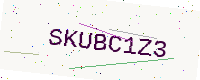
Text: SKUBC1Z3